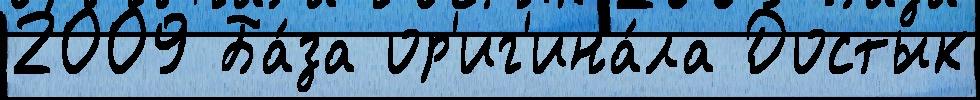
2009 Ба́за ор'иг'ина́ла Достык